Vaccination North-Western Provinces and Oudh 1878-1895 - 1878-1895
Year: 1878
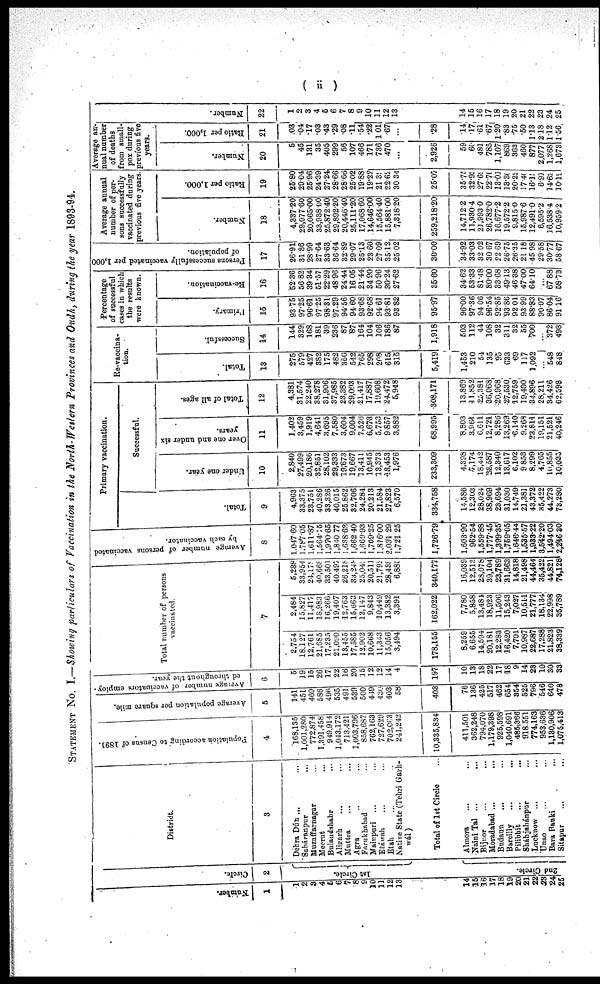
( ii )
STATEMENT NO. I.—Showing particulars of Vaccination in the North-Western Provinces and Oudh, during the year 1893-94.
Number.
1
1
2
3
4
5
6
7
8
9
10
11
12
13
14
15
16
17
18
19
20
21
22
23
24
25
Circle.
2
1st Circle.
2nd Circle.
District.
3
Dehra Dún ... ...
Saháranpur ...
Muzaffarnagar ...
Meerut ...
Bulandshahr ...
Aligarh ... ...
Muttra ... ...
Agra ... ...
Farukhabad ...
Mainpuri ... ...
Etáwah ... ...
Etah ... ...
Native State (Tehri Garh-
wál)
Total of 1st Circle ...
Almora ... ...
Naini Tal ... ...
Bijnor ... ...
Moradabad ... ...
Budaun ... ...
Bareilly ... ...
Pilibhit ... ...
Sháhjahánpur ...
Lucknow ... ...
Unao ... ...
Bara Banki ...
Sitapur ... ...
Population according to Census of 1891.
4
168,135
1,001,280
772,874
1,391,458
949,914
1,043,172
713,421
1,003,796
858,687
762,163
727,629
702,083
241,242
10,335,834
411,501
362,248
794,078
1,179,398
925,598
1,040,691
485,366
918,551
774,163
953,636
1,130,906
1,075,413
Average population per square mile.
5
141
451
469
586
496
535
491
539
500
449
430
403
58
403
76
136
425
517
462
654
354
525
796
546
640
478
Average number of vaccinators employ-
ed throughout the year.
6
5
19
15
26
17
22
16
20
15
12
12
14
4
197
10
13
18
22
17
18
9
14
23
10
30
33
Total number of persons
vaccinated.
7
2,754
18,127
12,761
21,685
17,235
21,090
13,455
17,585
12,902
10,668
11,343
15,056
3,494
178,155
8,259
6,655
14,594
20,181
12,283
16,420
7,791
10,987
22,687
17,288
21,823
38,339
2,484
15,827
11,417
18,983
16,266
19,407
12,763
15,663
12,147
9,843
10,449
13,382
3,391
162,022
7,780
5,858
13,481
18,923
11,506
15,243
7,027
10,511
21,777
18,134
22,998
35,789
5,238
33,954
24,178
40,668
33,501
40,497
26,218
33,248
25,049
20,511
21,792
28,438
6,888
340,177
16,039
12,513
28,078
39,104
23,789
31,663
14,818
21,498
44,464
35,422
44,821
74,128
Average number of persons vaccinated
by each vaccinator.
8
1,047.60
1,787.05
1,611.87
1,564.15
1,970.65
1,840.77
1,638.62
1,662.40
1,669.93
1,709.25
1,816.00
2,034.29
1,724.25
1,726.79
1,603.90
962.54
1,559.88
1,777.45
1,399.35
1,759.05
1.646.44
1,535.57
1,933.22
3,542.20
1,494.03
2,246.80
Primary vaccination.
Successful.
Total.
9
4,963
33,375
23,751
40,286
33,326
40,015
25,862
32,706
24,284
20,213
21,584
27,823
6,570
334,758
14,586
12,303
28,024
38,969
23,694
31,030
14,749
21,381
43,372
35,422
44,273
73,280
Under one year.
10
2,840
27,499
20,186
32,851
28,102
29,333
19,673
19,667
13,411
10,945
13,373
48,453
1,976
233,309
4,398
7,174
18,442
22,587
12,340
13,617
6,102
9 853
8,299
4,765
10,855
10,035
Over one and under six
years.
11
1,402
3,459
1,919
4,641
3,695
7,580
3,604
9,004
7,526
6,673
5,753
9,857
3,882
68,995
8,803
3,964
6,611
12,721
8,286
13,269
6,140
9,268
23,811
19,151
21,521
40,246
Total of all ages.
12
4,381
81,574
22,240
38,278
31,906
37,985
23,382
29,093
21,417
17,887
19,608
24,472
5,948
308,171
13,869
11,852
25,381
36,068
20,968
27,530
12,759
19,400
34,896
28,211
34,426
62,593
Re-vaccina-
tion.
Total.
13
275
579
427
382
175
482
356
542
765
298
208
615
315
5,419
1,453
210
54
135
95
633
69
117
1,092
...
548
848
Successful.
14
144
329
168
181
39
236
87
87
164
104
106
186
87
1,918
503
112
44
108
32
311
32
55
700
...
372
498
Percentage
of successful
cases in which
the results
were known.
Primary.
15
93.75
97.25
96.61
97.25
98.31
97.29
94.56
94.60
93.68
92.68
94.61
93.81
93.82
95.97
96.00
97.36
94.06
96.54
92.85
93.86
92.01
93.99
88.83
90.07
86.04
91.16
Re-vaccination.
16
52.36
56.82
39.34
51.57
22.29
48.96
24.44
16.05
21.44
34.90
50.96
30.24
27.62
35.60
34.62
53.33
81.48
80.00
33.68
49.13
46.38
47.00
64.10
...
67.88
58.73
Persons successfully vaccinated per 1,000
of' population.
17
26.91
31.86
28.99
27.64
33.63
36.64
32.89
29.07
25.13
23.60
27.09
35.12
25.02
30.00
34.92
33.03
32.02
30.67
22.69
26.75
26.35
21.18
45.98
29.58
30.77
58.67
Average annual
number of per-
sons successfully
vaccinated during
previous five years.
Number.
18
4,337.20
29,077.60
20,065.00
33,938.00
25,872.40
29,892.20
20,446.40
25,111.20
17,068.60
14,646.00
15,564.40
15,881.00
7,318.20
259,218.20
14,712.2
11,930.4
21,993.0
26,782.0
16,677.2
19,572.2
9,815.0
15,987.6
12,491.0
6,595.2
16,538.4
10,959.2
Ratio per 1,000.
19
25.80
29.04
25.96
24.39
27.24
28.66
28.66
25.02
19.88
19.22
21.39
22.65
30.34
25.07
35.75
32.93
27.69
22.70
13.01
13.30
20.22
17.40
16.13
6.91
14.62
10.19
Average an-
nual number
of deaths
from small-
pox during
previous five
years.
Number.
20
5
45
131
35
405
299
56
107
466
171
736
470
...
2,926
59
60
481
785
1,107
869
363
460
877
2,077
1,268
1,673
Ratio per 1,000.
21
.03
.04
.17
.03
.43
.29
.08
.11
.54
.22
101
.67
...
.28
.14
.17
.61
.67
1.20
.83
.75
.50
1.13
2.18
1.12
1.56
Number.
22
1
2
3
4
5
6
7
8
9
10
11
12
13
14
15
16
17
18
19
20
21
22
23
24
25